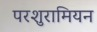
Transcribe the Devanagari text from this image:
परशुरामियन